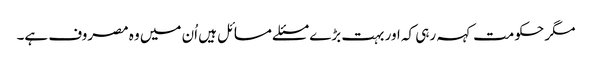
مگر حکومت کہہ رہی کہ اور بہت بڑے مسئلے مسائل ہیں اُن میں وہ مصروف ہے۔